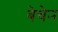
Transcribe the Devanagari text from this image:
बेचेन